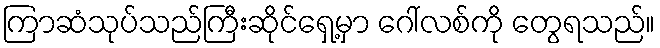
ကြာဆံသုပ်သည်ကြီးဆိုင်ရှေ့မှာ ဂေါ်လစ်ကို တွေရသည်။